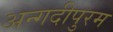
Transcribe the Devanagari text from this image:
अन्गदीपुरम